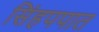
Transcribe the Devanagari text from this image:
सिंहपपात